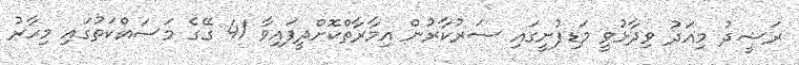
ރަޝީދު މިއަދު ވިދާޅުވީ މަޑިފުށީގައި ސަރުކާރުން އިމާރާތްކޮށްދީފައިވާ 41 ގޭގެ މަސައްކަތުގައި މިހާރު